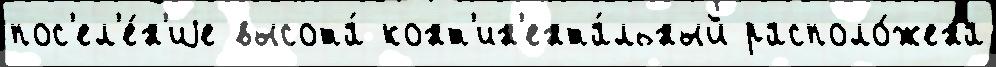
пос'ел'е́н'иjе высота́ конт'ин'ента́льный располо́жена